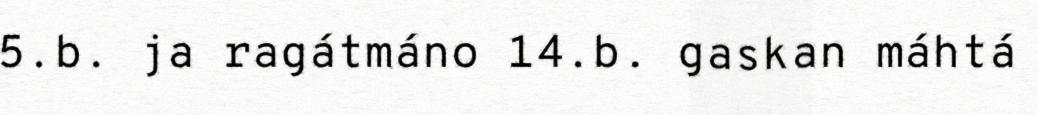
5.b. ja ragátmáno 14.b. gaskan máhtá